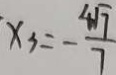
x _ { 3 } = - \frac { 4 \sqrt { 7 } } { 7 }